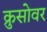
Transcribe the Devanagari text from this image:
क्रुसोवर